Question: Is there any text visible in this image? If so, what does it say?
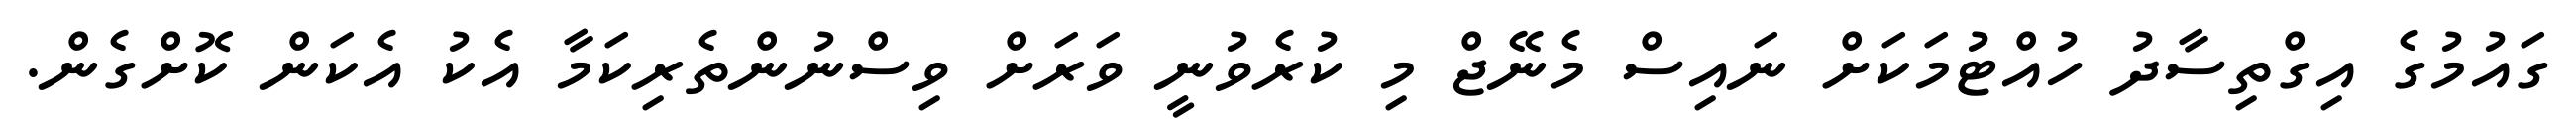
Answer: ގައުމުގެ އިގްތިސާދު ހުއްޓުމަކަށް ނައިސް މެނޭޖް މި ކުރެވުނީ ވަރަށް ވިސްނުންތެރިކަމާ އެކު އެކަން ކޮށްގެން.